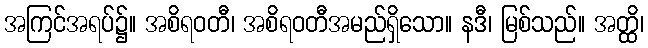
အကြင်အရပ်၌။ အစိရဝတီ၊ အစိရဝတီအမည်ရှိသော။ နဒီ၊ မြစ်သည်။ အတ္ထိ၊